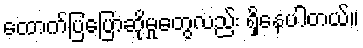
ထောက်ပြပြောဆိုမှုတွေလည်း ရှိနေပါတယ်။